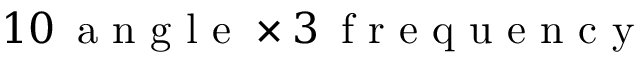
1 0 \, \mathrm { ~ a ~ n ~ g ~ l ~ e ~ } \times 3 \, \mathrm { ~ f ~ r ~ e ~ q ~ u ~ e ~ n ~ c ~ y ~ }